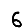
Digit: 6